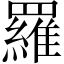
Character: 羅